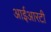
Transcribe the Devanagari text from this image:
आईआरटी